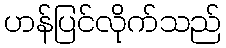
ဟန်ပြင်လိုက်သည်